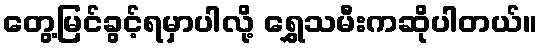
တွေ့မြင်ခွင့်ရမှာပါလို့ ရွှေသမီးကဆိုပါတယ်။